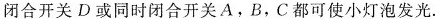
闭合开关D或同时闭合开关A，B，C都可使小灯泡发光。